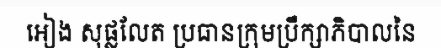
អៀង សុផ្លលែត ប្រធានក្រុមប្រឹក្សាភិបាលនៃ